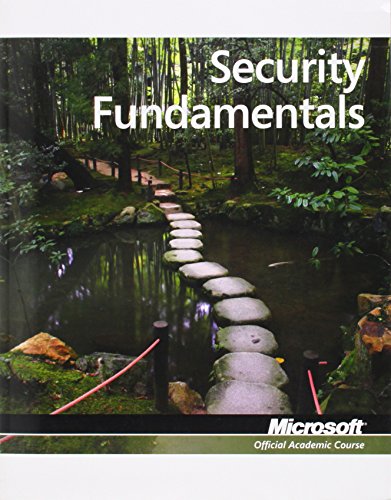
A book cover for Exam 98-367 Security Fundamentals; Microsoft Official Academic Course; Computers & Technology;